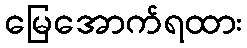
မြေအောက်ရထား